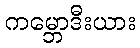
ကမ္ဘောဒီးယား